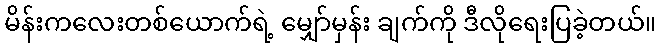
မိန်းကလေးတစ်ယောက်ရဲ့ မျှော်မှန်း ချက်ကို ဒီလိုရေးပြခဲ့တယ်။